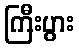
ကြီးပွား